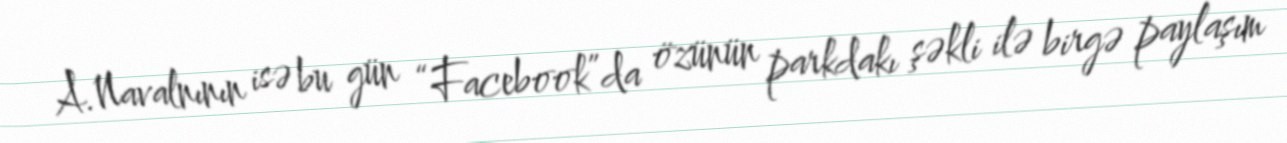
A.Navalnının isə bu gün “Facebook”da özünün parkdakı şəkli ilə birgə paylaşım